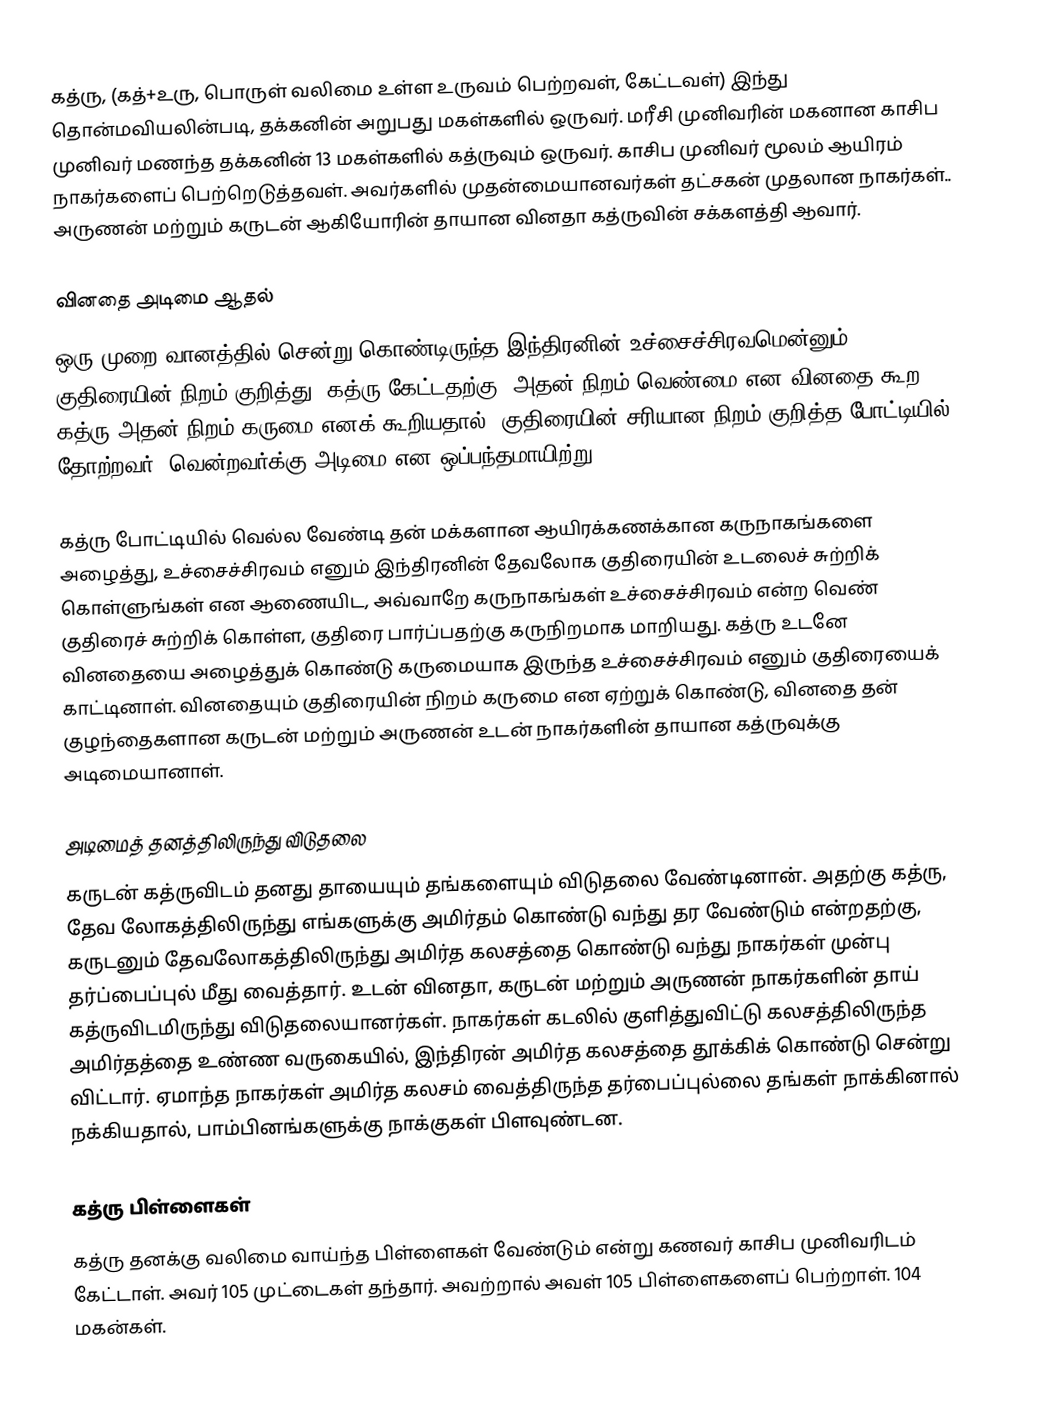
கத்ரு, (கத்+உரு, பொருள் வலிமை உள்ள உருவம் பெற்றவள், கேட்டவள்) இந்து தொன்மவியலின்படி, தக்கனின்  அறுபது மகள்களில் ஒருவர். மரீசி முனிவரின் மகனான காசிப முனிவர் மணந்த தக்கனின் 13 மகள்களில் கத்ருவும் ஒருவர். காசிப முனிவர் மூலம் ஆயிரம் நாகர்களைப் பெற்றெடுத்தவள். அவர்களில் முதன்மையானவர்கள்  தட்சகன் முதலான நாகர்கள்.. அருணன்   மற்றும் கருடன் ஆகியோரின் தாயான வினதா கத்ருவின் சக்களத்தி ஆவார்.

வினதை அடிமை ஆதல்
ஒரு முறை வானத்தில் சென்று கொண்டிருந்த இந்திரனின் உச்சைச்சிரவமென்னும் குதிரையின் நிறம் குறித்து, கத்ரு கேட்டதற்கு, அதன் நிறம் வெண்மை என வினதை கூற, கத்ரு அதன் நிறம் கருமை எனக் கூறியதால், குதிரையின் சரியான நிறம் குறித்த போட்டியில் தோற்றவர், வென்றவர்க்கு அடிமை என ஒப்பந்தமாயிற்று.

கத்ரு போட்டியில் வெல்ல வேண்டி தன் மக்களான ஆயிரக்கணக்கான கருநாகங்களை அழைத்து, உச்சைச்சிரவம் எனும் இந்திரனின் தேவலோக குதிரையின் உடலைச் சுற்றிக் கொள்ளுங்கள் என ஆணையிட, அவ்வாறே கருநாகங்கள் உச்சைச்சிரவம் என்ற வெண் குதிரைச் சுற்றிக் கொள்ள, குதிரை பார்ப்பதற்கு கருநிறமாக மாறியது. கத்ரு உடனே வினதையை அழைத்துக் கொண்டு கருமையாக இருந்த உச்சைச்சிரவம் எனும் குதிரையைக் காட்டினாள். வினதையும் குதிரையின் நிறம் கருமை என ஏற்றுக் கொண்டு, வினதை  தன் குழந்தைகளான கருடன் மற்றும் அருணன் உடன் நாகர்களின் தாயான கத்ருவுக்கு அடிமையானாள்.

அடிமைத் தனத்திலிருந்து விடுதலை
கருடன் கத்ருவிடம் தனது தாயையும் தங்களையும் விடுதலை வேண்டினான். அதற்கு கத்ரு, தேவ லோகத்திலிருந்து எங்களுக்கு அமிர்தம் கொண்டு வந்து தர வேண்டும் என்றதற்கு, கருடனும் தேவலோகத்திலிருந்து அமிர்த கலசத்தை கொண்டு வந்து நாகர்கள் முன்பு  தர்ப்பைப்புல் மீது வைத்தார். உடன் வினதா, கருடன் மற்றும் அருணன் நாகர்களின் தாய் கத்ருவிடமிருந்து விடுதலையானர்கள். நாகர்கள்  கடலில் குளித்துவிட்டு கலசத்திலிருந்த அமிர்தத்தை உண்ண வருகையில், இந்திரன் அமிர்த கலசத்தை தூக்கிக் கொண்டு சென்று விட்டார். ஏமாந்த நாகர்கள் அமிர்த கலசம் வைத்திருந்த தர்பைப்புல்லை தங்கள் நாக்கினால் நக்கியதால், பாம்பினங்களுக்கு நாக்குகள் பிளவுண்டன.

கத்ரு பிள்ளைகள்
கத்ரு தனக்கு வலிமை வாய்ந்த பிள்ளைகள் வேண்டும் என்று கணவர் காசிப முனிவரிடம் கேட்டாள். அவர் 105 முட்டைகள் தந்தார். அவற்றால் அவள் 105 பிள்ளைகளைப் பெற்றாள். 104 மகன்கள்.